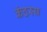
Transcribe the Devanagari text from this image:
कंठस्य